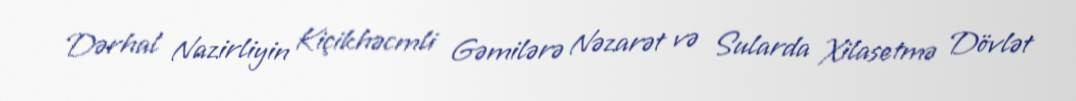
Dərhal Nazirliyin Kiçikhəcmli Gəmilərə Nəzarət və Sularda Xilasetmə Dövlət